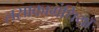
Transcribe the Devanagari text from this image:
लसाकाग्रंथियाँ